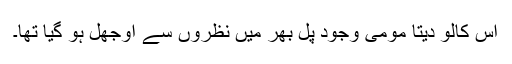
اس کالو دیتا مومی وجود پل بھر میں نظروں سے اوجھل ہو گیا تھا۔